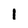
Character: 1